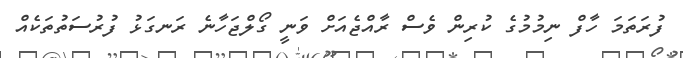
ފުރަތަމަ ހާފް ނިމުމުގެ ކުރިން ވެސް ރާއްޖެއަށް ވަނީ ގޯލްޖަހާނެ ރަނގަޅު ފުރުސަތުތަކެއް